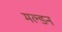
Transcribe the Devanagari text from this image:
मल्‍डन